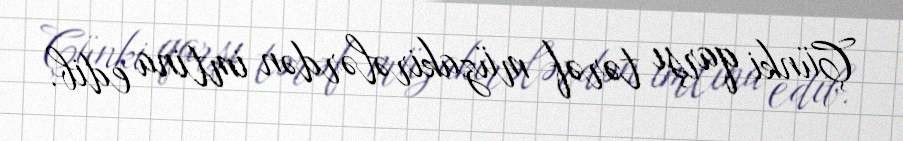
Çünki qarşı tərəf müzakirələrdən imtina edib.